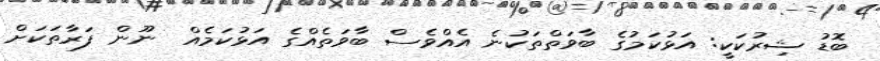
ބޮޑު ޝިރުކަކީ: އަޅުކަމުގެ ބާވަތްތަކުނެ އެއްވެސް ބާވަތެއްގެ އަޅުކަމެއް  ނޫން ފަރާތަކަށް